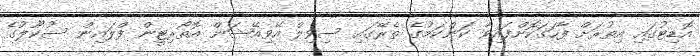
އޮޑިޓުގައި އިތުރަށް ފާހަގަކޮށްފައިވާ ކަންކަމުގެ ތެރޭގައި ސިވިލް އޭވިއޭޝަން އޮތޯރިޓީން ފްލައިން ސުކޫލުގެ